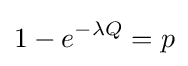
1-e^{-\lambda Q}=p